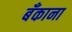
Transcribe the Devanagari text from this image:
बॅंकाना